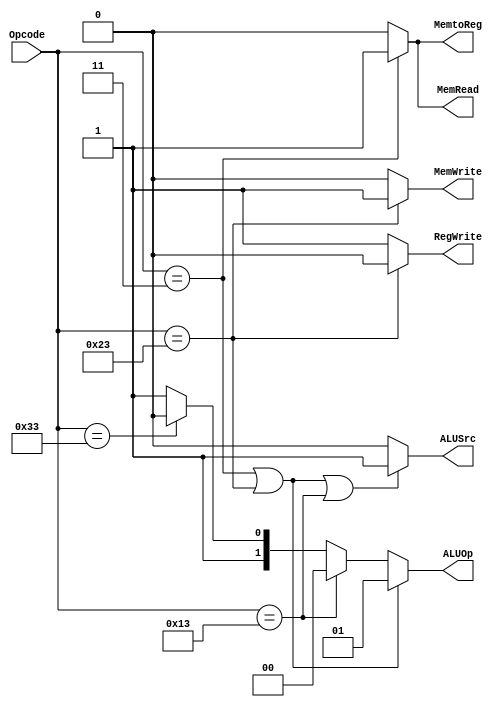
`timescale 1 ns / 1 ps

// Module definition
module Controller (
    Opcode,
    ALUSrc, MemtoReg, RegWrite, MemRead, MemWrite,
    ALUOp
    );
    
    // Define the input and output signals
    input [6:0] Opcode;
    output ALUSrc, MemtoReg, RegWrite, MemRead, MemWrite;
    output [1:0] ALUOp;

    // Define the Controller modules behavior
    assign MemtoReg = (Opcode == 7'b0000011) ? 1'b1 : 1'b0; 
    assign MemWrite = (Opcode == 7'b0100011) ? 1'b1 : 1'b0; 
    assign MemRead = (Opcode == 7'b0000011) ? 1'b1 : 1'b0; 
    assign ALUSrc = ((Opcode == 7'b0000011) || (Opcode == 7'b0100011) || 
        (Opcode == 7'b0010011)) ? 1'b1 : 1'b0; 
    assign RegWrite = (Opcode == 7'b0100011) ? 1'b0 : 1'b1;
    assign ALUOp = ((Opcode == 7'b0000011) || (Opcode == 7'b0100011)) ? 2'b01 :  
        (Opcode == 7'b0010011) ? 2'b00 : (Opcode == 7'b0110011) ? 2'b10 : 2'b11;     

endmodule // Controller